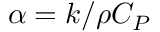
\alpha = { k / \rho C _ { P } }